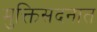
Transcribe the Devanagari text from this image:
मुक्तिसदनात